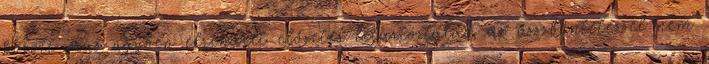
között más ügyben elrendelt előzetes letartóztatás, az összbüntetéssel nem